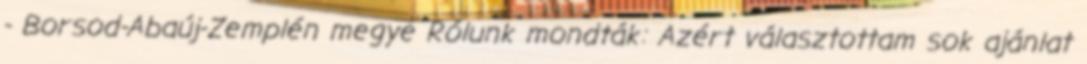
- Borsod-Abaúj-Zemplén megye Rólunk mondták: Azért választottam sok ajánlat